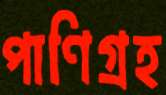
পাণিগ্রহ